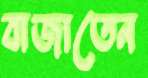
বাজাতেন